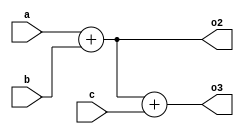

//( should follow macro name
`define add21 (x1,x2) `add1 (x1)+x2
`define add31 (y1,y2,y3) `add2 (y1,y2)+ y3

`define add1(x) x

`define x 1
`define x 2

`define add2(x1,x2) `add1 (x1)+x2
`define add3(y1,y2,y3) `add2 (y1,y2)+ y3

module i(input a,b,c,output o2,o3);
assign o2 = `add2 (a,b);
assign o3 = `add3 (a,b,c);

endmodule